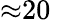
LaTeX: {\approx}20\